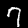
Label: 7